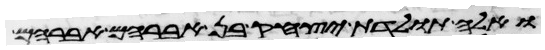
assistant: ואלה תולדת יצחק בן אברהם אברהם